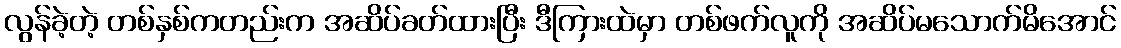
လွန်ခဲ့တဲ့ တစ်နှစ်ကတည်းက အဆိပ်ခတ်ထားပြီး ဒီကြားထဲမှာ တစ်ဖက်လူကို အဆိပ်မသောက်မိအောင်